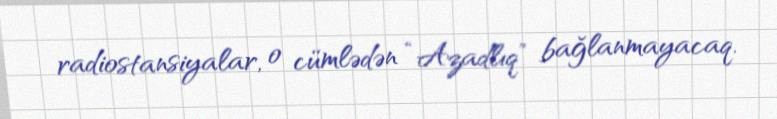
radiostansiyalar, o cümlədən “Azadlıq” bağlanmayacaq.